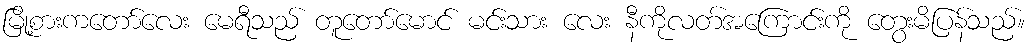
မြို့စားကတော်လေး မေရီသည် တူတော်မောင် မင်းသား လေး နီကိုလတ်အကြောင်းကို တွေးမိပြန်သည်။